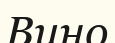
Вино